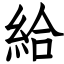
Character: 給